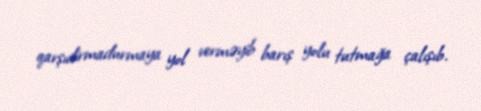
qarşıdirmadurmaya yol verməyib barış yolu tutmağa çalışıb.